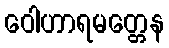
ဝေါဟာရမတ္တေန